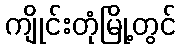
ကျိုင်းတုံမြို့တွင်